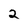
Character: 2